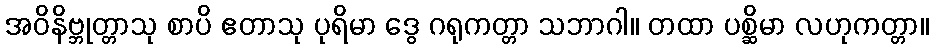
အဝိနိဗ္ဘုတ္တာသု စာပိ ဧတာသု ပုရိမာ ဒွေ ဂရုကတ္တာ သဘာဂါ။ တထာ ပစ္ဆိမာ လဟုကတ္တာ။